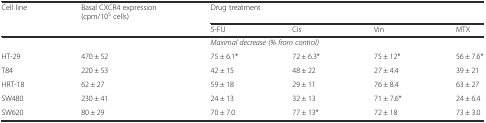
| Cell line | Basal CXCR4 expression (cpm/105 cells) | <COLSPAN=4> Drug treatment |
 |  |  | 5-FU | Cis | Vin | MTX |
 | --- | --- | --- | --- | --- | --- |
 |  |  | <COLSPAN=4> Maximal decrease (% from control) |
 | HT-29 | 470 ± 52 | 75 ± 6.1* | 72 ± 6.3* | 75 ± 12* | 56 ± 7.6* |
 | T84 | 220 ± 53 | 42 ± 15 | 48 ± 22 | 27 ± 4.4 | 39 ± 21 |
 | HRT-18 | 62 ± 27 | 59 ± 18 | 29 ± 11 | 76 ± 8.4 | 63 ± 27 |
 | SW480 | 230 ± 41 | 24 ± 13 | 32 ± 13 | 71 ± 7.6* | 24 ± 6.4 |
 | SW620 | 80 ± 29 | 70 ± 7.0 | 77 ± 13* | 72 ± 18 | 73 ± 3.0 |